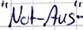
Text: "Not-Aus"